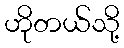
ဟိုတယ်သို့